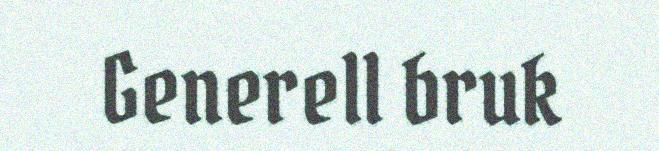
Generell bruk